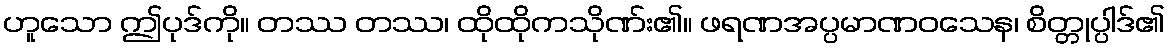
ဟူသော ဤပုဒ်ကို။ တဿ တဿ၊ ထိုထိုကသိုဏ်း၏။ ဖရဏအပ္ပမာဏဝသေန၊ စိတ္တုပ္ပါဒ်၏